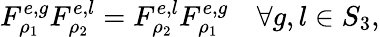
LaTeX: F_{\rho_{1}}^{e,g}F_{\rho_{2}}^{e,l}=F_{\rho_{2}}^{e,l}F_{\rho_{1}}^{e,g}\quad\forall g,l\in S_{3},